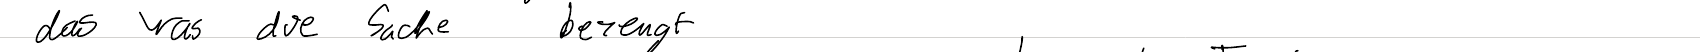
das was die Sache bezeugt